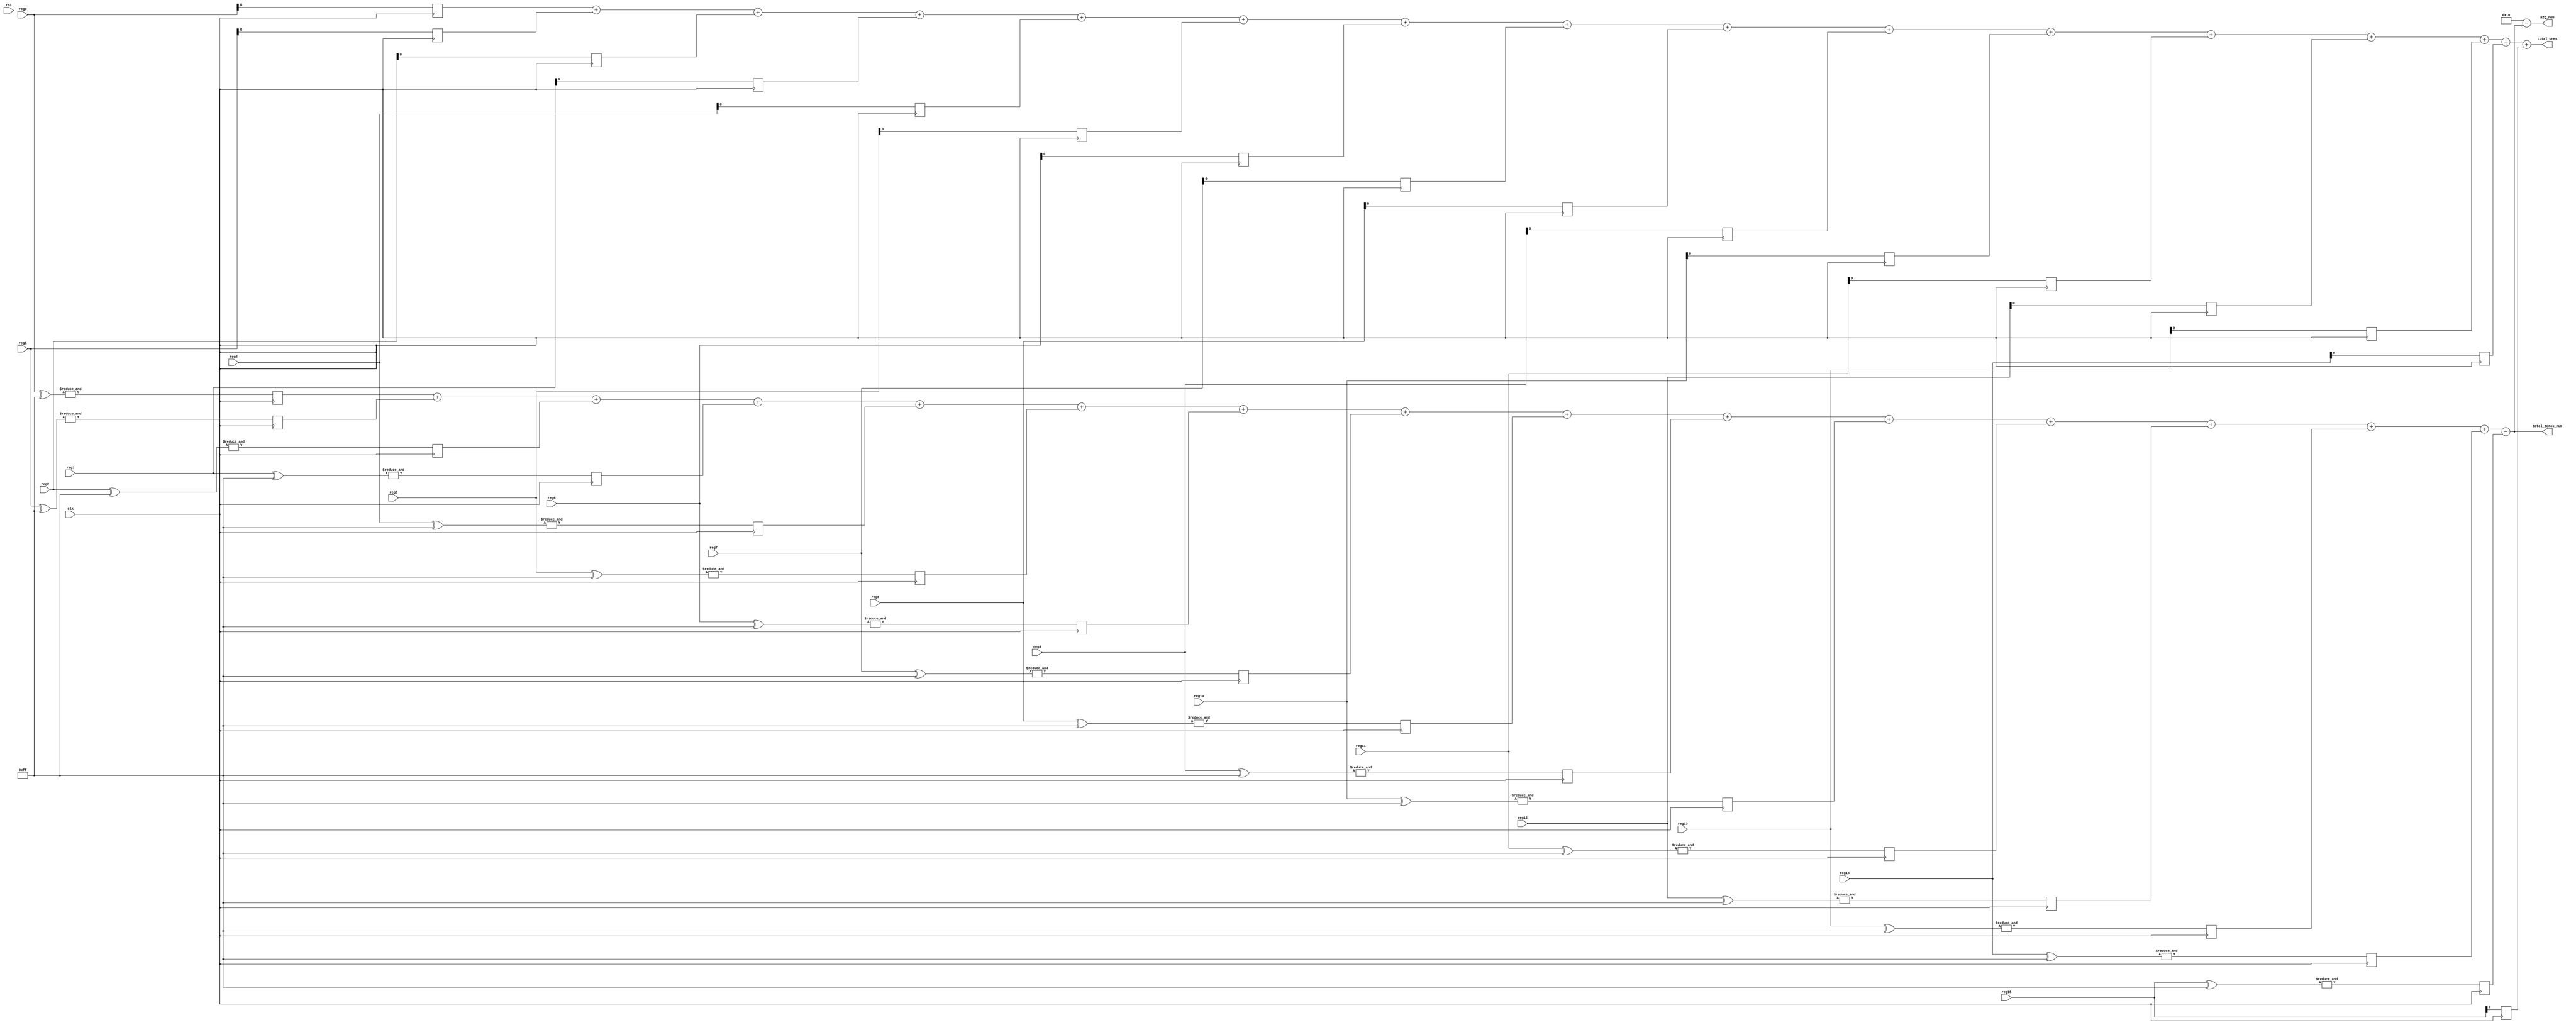
`timescale 1ns / 1ps
//////////////////////////////////////////////////////////////////////////////////
// Company: 
// Engineer: 
// 
// Design Name: 
// Module Name: Initial_CAVLC
// Project Name: 
// Target Devices: 
// Tool Versions: 
// Description: 
// 
// Dependencies: 
// 
// Revision:
// Revision 0.01 - File Created
// Additional Comments:
// 
//////////////////////////////////////////////////////////////////////////////////




module Pre_Processing_Step #(parameter WIDTH = 8)(
    input wire clk,
    input wire rst,
    input wire [WIDTH-1:0] reg0,
    input wire [WIDTH-1:0] reg1,
    input wire [WIDTH-1:0] reg2,
    input wire [WIDTH-1:0] reg3,
    input wire [WIDTH-1:0] reg4,
    input wire [WIDTH-1:0] reg5,
    input wire [WIDTH-1:0] reg6,
    input wire [WIDTH-1:0] reg7,
    input wire [WIDTH-1:0] reg8,
    input wire [WIDTH-1:0] reg9,
    input wire [WIDTH-1:0] reg10,
    input wire [WIDTH-1:0] reg11,
    input wire [WIDTH-1:0] reg12,
    input wire [WIDTH-1:0] reg13,
    input wire [WIDTH-1:0] reg14,
    input wire [WIDTH-1:0] reg15,

    output [4:0] NZQ_num,
    output [3:0] total_zeros_num,
    output reg [3:0] total_ones
    
);
reg  reg0_out, reg1_out, reg2_out, reg3_out,
                    reg4_out, reg5_out, reg6_out, reg7_out,
                    reg8_out, reg9_out, reg10_out, reg11_out,
                    reg12_out, reg13_out, reg14_out, reg15_out;

reg  reg0_out0, reg1_out1, reg2_out2, reg3_out3,
                    reg4_out4, reg5_out5, reg6_out6, reg7_out7,
                    reg8_out8, reg9_out9, reg10_out10, reg11_out11,
                    reg12_out12, reg13_out13, reg14_out14, reg15_out15;

reg [3:0]sum;
    // Counting logic for reg10
    always @ (posedge clk ) begin
        
        reg0_out = &(reg0 ^ 8'b11111111);
        reg1_out = &(reg1 ^ 8'b11111111);
        reg2_out = &(reg2 ^ 8'b11111111);
        reg3_out = &(reg3 ^ 8'b11111111);
        reg4_out = &(reg4 ^ 8'b11111111);
        reg5_out = &(reg5 ^ 8'b11111111);
        reg6_out = &(reg6 ^ 8'b11111111);
        reg7_out = &(reg7 ^ 8'b11111111);
        reg8_out = &(reg8 ^ 8'b11111111);
        reg9_out = &(reg9 ^ 8'b11111111);
        reg10_out = &(reg10 ^ 8'b11111111);
        reg11_out = &(reg11 ^ 8'b11111111);
        reg12_out = &(reg12 ^ 8'b11111111);
        reg13_out = &(reg13 ^ 8'b11111111);
        reg14_out = &(reg14 ^ 8'b11111111);
        reg15_out = &(reg15 ^ 8'b11111111);

    end

    // Counting logic for reg10
    always @ (posedge clk ) begin
        
        reg0_out0 = (reg0 & 8'b00000001);
        reg1_out1 = (reg1 & 8'b00000001);
        reg2_out2 = (reg2 & 8'b00000001);
        reg3_out3 = (reg3 & 8'b00000001);
        reg4_out4 = (reg4 & 8'b00000001);
        reg5_out5 = (reg5 & 8'b00000001);
        reg6_out6 = (reg6 & 8'b00000001);
        reg7_out7 = (reg7 & 8'b00000001);
        reg8_out8 = (reg8 & 8'b00000001);
        reg9_out9 = (reg9 & 8'b00000001);
        reg10_out10 = (reg10 & 8'b00000001);    
        reg11_out11 = (reg11 & 8'b00000001);
        reg12_out12 = (reg12 & 8'b00000001);
        reg13_out13 = (reg13 & 8'b00000001);   
	reg14_out14 = (reg14 & 8'b00000001);
	reg15_out15 = (reg15 & 8'b00000001);   
    end




always@*
begin
sum = reg0_out+ reg1_out+ reg2_out+ reg3_out+ reg4_out+ reg5_out+ reg6_out+ reg7_out+
                    reg8_out+ reg9_out+ reg10_out +reg11_out+
                    reg12_out+ reg13_out+ reg14_out+ reg15_out;
end


always@*
begin
total_ones = reg0_out0+ reg1_out1+ reg2_out2+ reg3_out3+ reg4_out4+ reg5_out5+ reg6_out6+ reg7_out7+
                    reg8_out8+ reg9_out9+ reg10_out10 +reg11_out11 +
                    reg12_out12+ reg13_out13+ reg14_out14+ reg15_out15;
end


    assign NZQ_num = 5'b10000-sum;
    assign total_zeros_num = sum;
endmodule